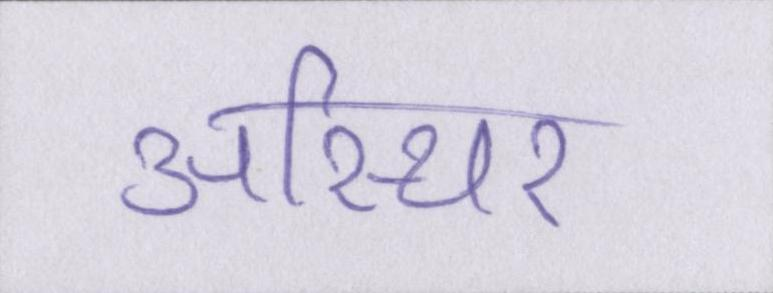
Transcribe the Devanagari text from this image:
अस्थिर